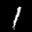
Label: 1